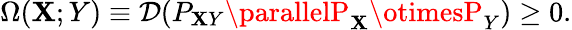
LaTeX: \Omega(\mathbf{X};Y)\equiv\mathcal{{D}}(P_{\mathbf{X}Y}\parallelP_{\mathbf{X}}\otimesP_{Y})\ge0.